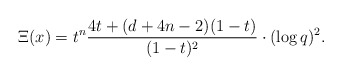
\begin{align*}&\Xi(x)= t^n\frac{4t + (d + 4 n-2) (1 -t)}{(1-t)^2}\cdot (\log q)^2 .\end{align*}